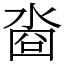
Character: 㴅